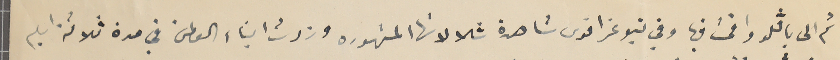
ثم الى باڤلو واقمت فيها وفي نيوغراقوى شاهدة شلالاتها المشهوره وزرتُ ابناء الوطن في مدة ثلاثة ايام